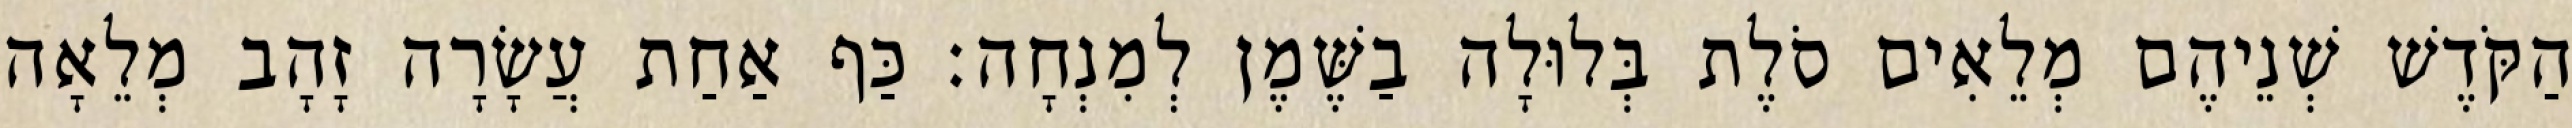
הַקֹּדֶשׁ שְׁנֵיהֶם מְלֵאִים סֹלֶת בְּלוּלָה בַשֶּׁמֶן לְמִנְחָה׃ כַּף אַחַת עֲשָׂרָה זָהָב מְלֵאָה